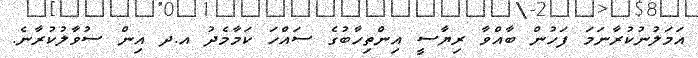
އަމަލުނުކުރާނަމަ ފަހުން ބާއްވާ ރިޔާސީ އިންތިހާބުގެ ސައްހަ ކަމާމެދު އ.ދ އިން ސުވާލުކުރާނެ.